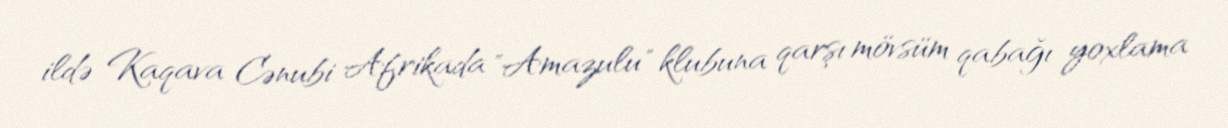
ildə Kaqava Cənubi Afrikada "Amazulu" klubuna qarşı mövsüm qabağı yoxlama